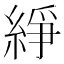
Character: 䋫